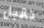
نقبل